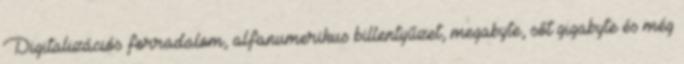
Digitalizációs forradalom, alfanumerikus billentyűzet, megabyte, sőt gigabyte és még